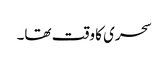
سحری کا وقت تھا۔